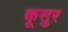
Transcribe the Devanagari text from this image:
कूसुर